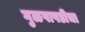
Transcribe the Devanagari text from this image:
गुळपापडीचा